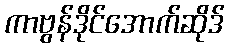
ကာဗွန်ဒိုင်အောက်ဆိုဒ်